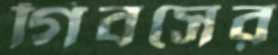
গিবসের